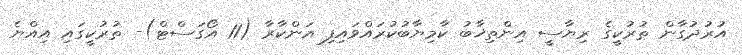
އުރުދުގާން ތުރުކީގެ ރިޔާސީ އިންތިޚާބު ކާމިޔާބުކުރައްވައިފި އަންކާރާ (11 އޯގަސްޓް)- ތުރުކީގައި އިއްޔެ